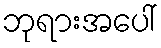
ဘုရားအပေါ်